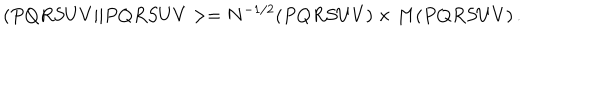
LaTeX: ( P Q R S U V \vert \vert P Q R S U V > = N ^ { - 1 / 2 } ( P Q R S U V ) \times M ( P Q R S U V ) \, .